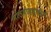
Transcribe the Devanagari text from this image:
मालवाहतुकीचे